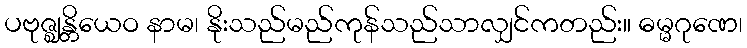
ပဗုဇ္ဈန္တိယေဝ နာမ၊ နိုးသည်မည်ကုန်သည်သာလျှင်ကတည်း။ ဓမ္မဂုဏေ၊